Report on vaccination in the Province of Bengal - 1874-1889
Year: 1874
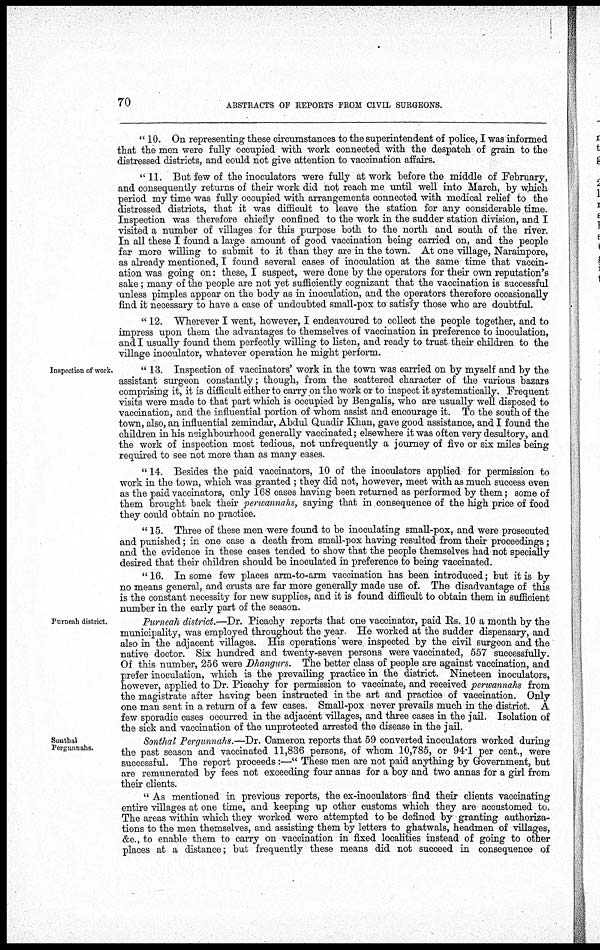
70
ABSTRACTS OF REPORTS FROM CIVIL SURGEONS.
" 10. On representing these circumstances to the superintendent of police, I was informed
that the men were fully occupied with work connected with the despatch of grain to the
distressed districts, and could not give attention to vaccination affairs.
" 11. But few of the inoculators were fully at work before the middle of February,
and consequently returns of their work did not reach me until well into March, by which
period my time was fully occupied with arrangements connected with medical relief to the
distressed districts, that it was difficult to leave the station for any considerable time.
Inspection was therefore chiefly confined to the work in the sudder station division, and I
visited a number of villages for this purpose both to the north and south of the river.
In all these I found a large amount of good vaccination being carried on, and the people
far more willing to submit to it than they are in the town. At one village, Narainpore,
as already mentioned, I found several cases of inoculation at the same time that vaccin-
ation was going on: these, I suspect, were done by the operators for their own reputation's
sake; many of the people are not yet sufficiently cognizant that the vaccination is successful
unless pimples appear on the body as in inoculation, and the operators therefore occasionally
find it necessary to have a case of undoubted small-pox to satisfy those who are doubtful.
" 12. Wherever I went, however, I endeavoured to collect the people together, and to
impress upon them the advantages to themselves of vaccination in preference to inoculation,
and I usually found them perfectly willing to listen, and ready to trust their children to the
village inoculator, whatever operation he might perform.
Inspection of work.
"13. Inspection of vaccinators work in the town was carried on by myself and by the
assistant surgeon constantly; though, from the scattered character of the various bazars
comprising it, it is difficult either to carry on the work or to inspect it systematically. Frequent
visits were made to that part which is occupied by Bengalis, who are usually well disposed to
vaccination, and the influential portion of whom assist and encourage it. To the south of the
town, also, an influential zemindar, Abdul Quadir Khan, gave good assistance, and I found the
children in his neighbourhood generally vaccinated; elsewhere it was often very desultory, and
the work of inspection most tedious, not unfrequently a journey of five or six miles being
required to see not more than as many cases.
"14. Besides the paid vaccinators, 10 of the inoculators applied for permission to
work in the town, which was granted ; they did not, however, meet with as much success even
as the paid vaccinators, only 168 cases having been returned as performed by them; some of
them brought back their perwannahs, saying that in consequence of the high price of food
they could obtain no practice.
" 15. Three of these men were found to be inoculating small-pox, and were prosecuted
and punished; in one case a death from small-pox having resulted from their proceedings ;
and the evidence in these cases tended to show that the people themselves had not specially
desired that their children should be inoculated in preference to being vaccinated.
" 16. In some few places arm-to-arm vaccination has been introduced; but it is by
no means general, and crusts are far more generally made use of. The disadvantage of this
is the constant necessity for new supplies, and it is found difficult to obtain them in sufficient
number in the early part of the season.
Purneah district.
Purneah district.—Dr. Picachy reports that one vaccinator, paid Rs. 10 a month by the
municipality, was employed throughout the year. He worked at the sudder dispensary, and
also in the adjacent villages. His operations were inspected by the civil surgeon and the
native doctor. Six hundred and twenty-seven persons were vaccinated, 557 successfully.
Of this number, 256 were Dhangurs. The better class of people are against vaccination, and
prefer inoculation, which is the prevailing practice in the district. Nineteen inoculators,
however, applied to Dr. Picachy for permission to vaccinate, and received perwannahs from
the magistrate after having been instructed in the art and practice of vaccination. Only
one man sent in a return of a few cases. Small-pox never prevails much in the district. A
few sporadic cases occurred in the adjacent villages, and three cases in the jail. Isolation of
the sick and vaccination of the unprotected arrested the disease in the jail.
Sonthal
Pergunnahs.
Sonthal Pergunnahs.—Dr. Cameron reports that 59 converted inoculators worked during
the past season and vaccinated 11,836 persons, of whom 10,785, or 94.1 per cent., were
successful. The report proceeds:—" These men are not paid anything by Government, but
are remunerated by fees not exceeding four annas for a boy and two annas for a girl from
their clients.
" As mentioned in previous reports, the ex-inoculators find their clients vaccinating
entire villages at one time, and keeping up other customs which they are accustomed to.
The areas within which they worked were attempted to be defined by granting authoriza-
tions to the men themselves, and assisting them by letters to ghatwals, headmen of villages,
&c., to enable them to carry on vaccination in fixed localities instead of going to other
places at a distance; but frequently these means did not succeed in consequence of